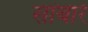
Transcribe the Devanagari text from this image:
सांबारे